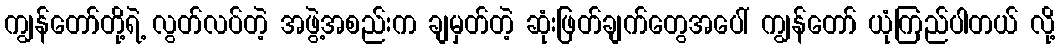
ကျွန်တော်တို့ရဲ့ လွတ်လပ်တဲ့ အဖွဲ့အစည်းက ချမှတ်တဲ့ ဆုံးဖြတ်ချက်တွေအပေါ် ကျွန်တော် ယုံကြည်ပါတယ် လို့